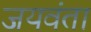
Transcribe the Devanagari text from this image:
जयवंता